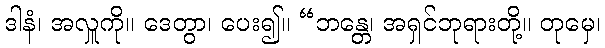
ဒါနံ၊ အလှူကို။ ဒေတွာ၊ ပေး၍။ “ဘန္တေ၊ အရှင်ဘုရားတို့။ တုမှေ၊